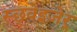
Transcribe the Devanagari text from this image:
स्छ्वेइज़ेर्